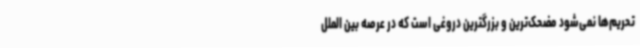
تحریم‌ها نمی‌شود مضحک‌ترین و بزرگترین دروغی است که در عرصه بین الملل